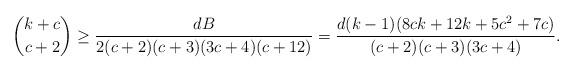
LaTeX: \begin{align*}\binom{k+c}{c+2} \ge \frac{dB}{2(c+2)(c+3)(3c+4)(c+12)}=\frac{d(k-1)(8ck+12k+5c^2+7c)}{(c+2)(c+3)(3c+4)}.\end{align*}